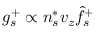
g _ { s } ^ { + } \propto n _ { s } ^ { * } v _ { z } \hat { f } _ { s } ^ { + }